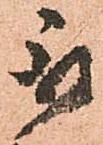
取